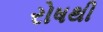
રોષથી